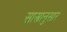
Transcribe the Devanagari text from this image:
सास्त्रानुसार